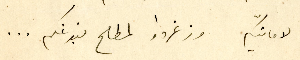
لامانيّكم وزغردوا لمطالع نبوغكم ...